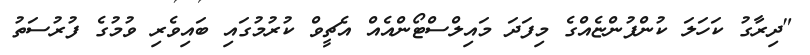
"ދިރާގު ކަހަލަ ކުންފުންޏެއްގެ މިފަދަ މައިލްސްޓޯންއެއް އެޗީވް ކުރުމުގައި ބައިވެރި ވުމުގެ ފުރުސަތު